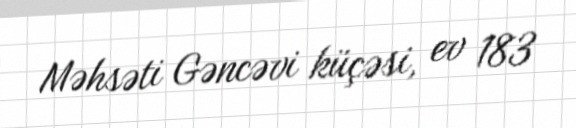
Məhsəti Gəncəvi küçəsi, ev 183